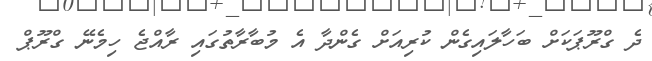
ދެ ގްރޫޕަކަށް ބަހާލައިގެން ކުރިއަށް ގެންދާ އެ މުބާރާތުގައި ރާއްޖެ ހިމެނޭ ގްރޫޕް